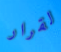
لقرار